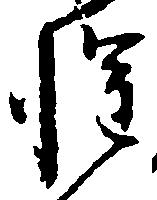
惶